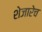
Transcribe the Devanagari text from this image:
शेजारेच